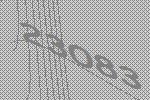
23083